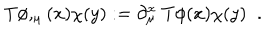
T \phi , _ { \mu } ( x ) \chi ( y ) : = \partial _ { \mu } ^ { x } \; T \phi ( x ) \chi ( y ) \; \; . \nonumber